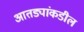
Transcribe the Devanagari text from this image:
आतड्यांकडील